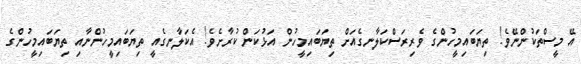
އޭ މީސްތަކުންނޭވެ! ތިޔަބައިމީހުންގެ ވެރިރަސްކަލާނގެއަށް ތިޔަބައިމީހުން އަޅުކަން ކުރާށެވެ! އެކަލާނގެއީ ތިޔަބައިމީހުންނާއި ތިޔަބައިމީހުންގެ